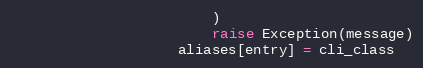
Language: Python
                        )
                        raise Exception(message)
                    aliases[entry] = cli_class